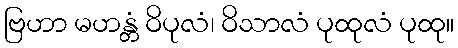
ဗြဟာ မဟန္တံ ဝိပုလံ၊ ဝိသာလံ ပုထုလံ ပုထု။